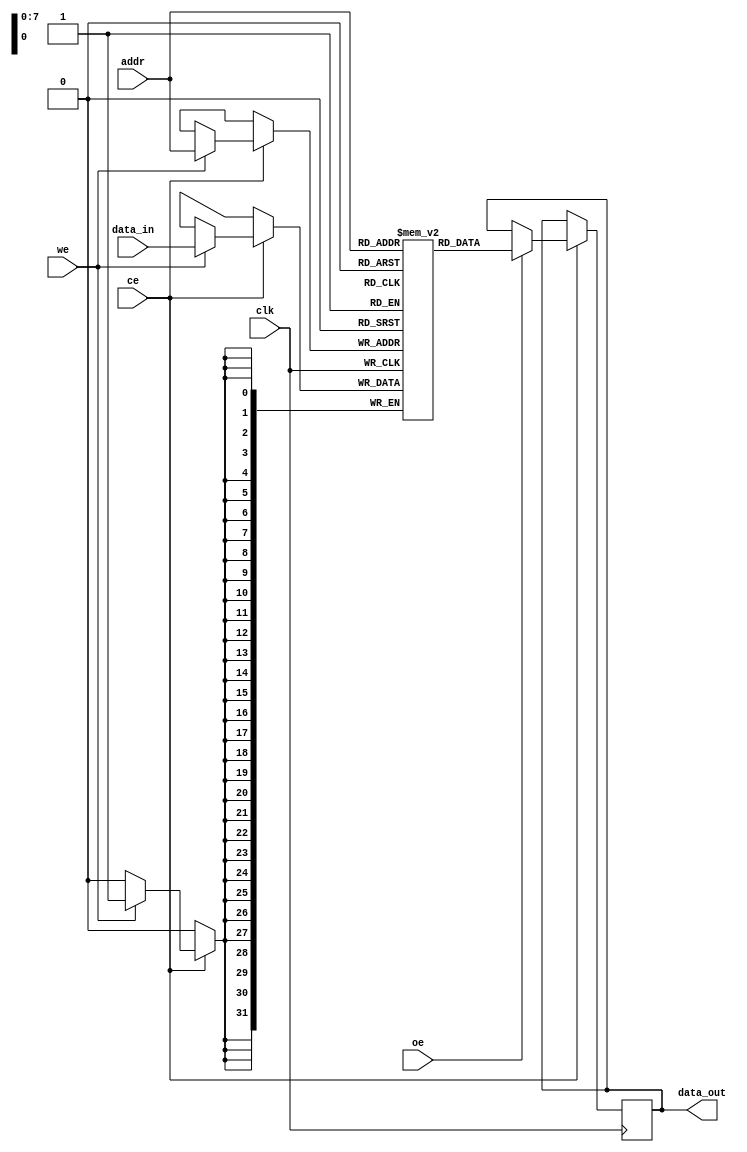
module TCSM #(
    parameter ADDR_WIDTH = 8, // Address width (e.g., 8 for 256 bytes)
    parameter DATA_WIDTH = 32, // Data width (e.g., 32 bits)
    parameter MEM_DEPTH = 256   // Memory depth (number of locations)
)(
    input wire clk,             // Clock signal
    input wire ce,              // Chip Enable
    input wire we,              // Write Enable
    input wire oe,              // Output Enable
    input wire [ADDR_WIDTH-1:0] addr, // Address input
    input wire [DATA_WIDTH-1:0] data_in, // Data input for write
    output reg [DATA_WIDTH-1:0] data_out // Data output for read
);

    // Memory array declaration
    reg [DATA_WIDTH-1:0] memory [0:MEM_DEPTH-1];

    // Read/Write operations
    always @(posedge clk) begin
        if (ce) begin
            if (we) begin
                // Write operation
                memory[addr] <= data_in;
            end
            if (oe) begin
                // Read operation
                data_out <= memory[addr];
            end
        end
    end

endmodule